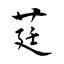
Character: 莛